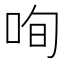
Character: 咰